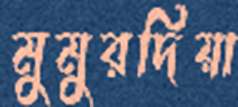
মুমুরদিয়া